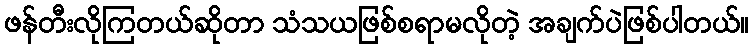
ဖန်တီးလိုကြတယ်ဆိုတာ သံသယဖြစ်စရာမလိုတဲ့ အချက်ပဲဖြစ်ပါတယ်။